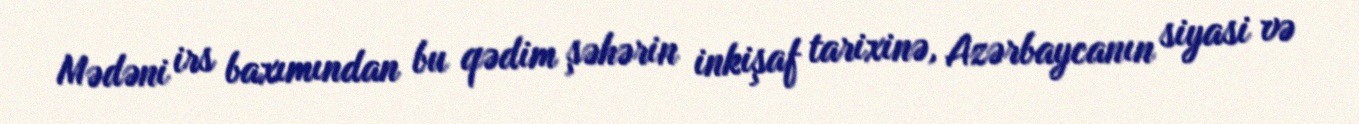
Mədəni irs baxımından bu qədim şəhərin inkişaf tarixinə, Azərbaycanın siyasi və